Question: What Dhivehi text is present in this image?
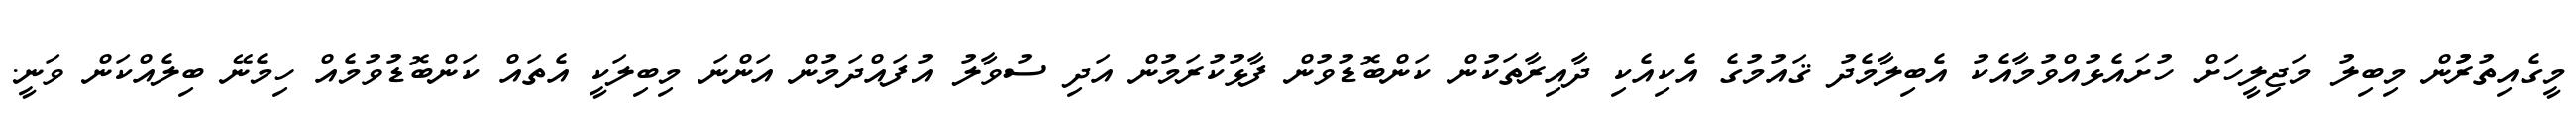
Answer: މީގެއިތުރުުން މިބިލު މަޖިލީހަށް ހުށައެޅުއްވުމާއެކު އެބިލާމެދު ޤައުމުގެ އެކިއެކި ދާއިރާތަކުން ކަންބޮޑުވުން ފާޅުކުރަމުން އަދި ސުވާލު އުފައްދަމުން އަންނަ މިބިލަކީ އެތައް ކަންބޮޑުވުމެއް ހިމެނޭ ބިލެއްކަން ވަނީ.